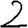
Digit: 2